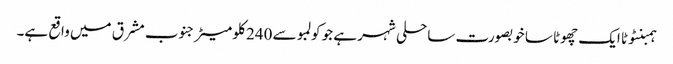
ہمبنٹوٹا ایک چھوٹا سا خوبصورت ساحلی شہر ہے جو کولمبو سے 240 کلو میٹر جنوب مشرق میں واقع ہے۔